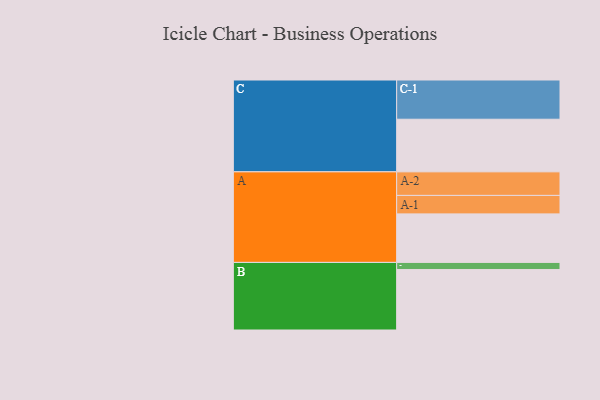
{"axis": {"x": "Segment", "y": "Value"}, "legend": ["", "A", "B", "C"], "data": [{"x": "A", "y": 344, "type": ""}, {"x": "B", "y": 429, "type": ""}, {"x": "C", "y": 373, "type": ""}, {"x": "A-1", "y": 131, "type": "A"}, {"x": "A-2", "y": 167, "type": "A"}, {"x": "B-1", "y": 50, "type": "B"}, {"x": "C-1", "y": 278, "type": "C"}]}